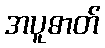
အပူဓာတ်